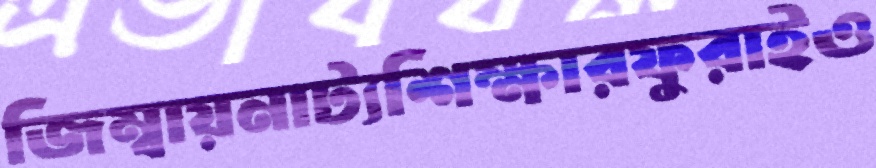
জিম্বায়নাট্যশিক্ষারফুরাইও